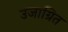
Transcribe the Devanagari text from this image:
उजाग्रित